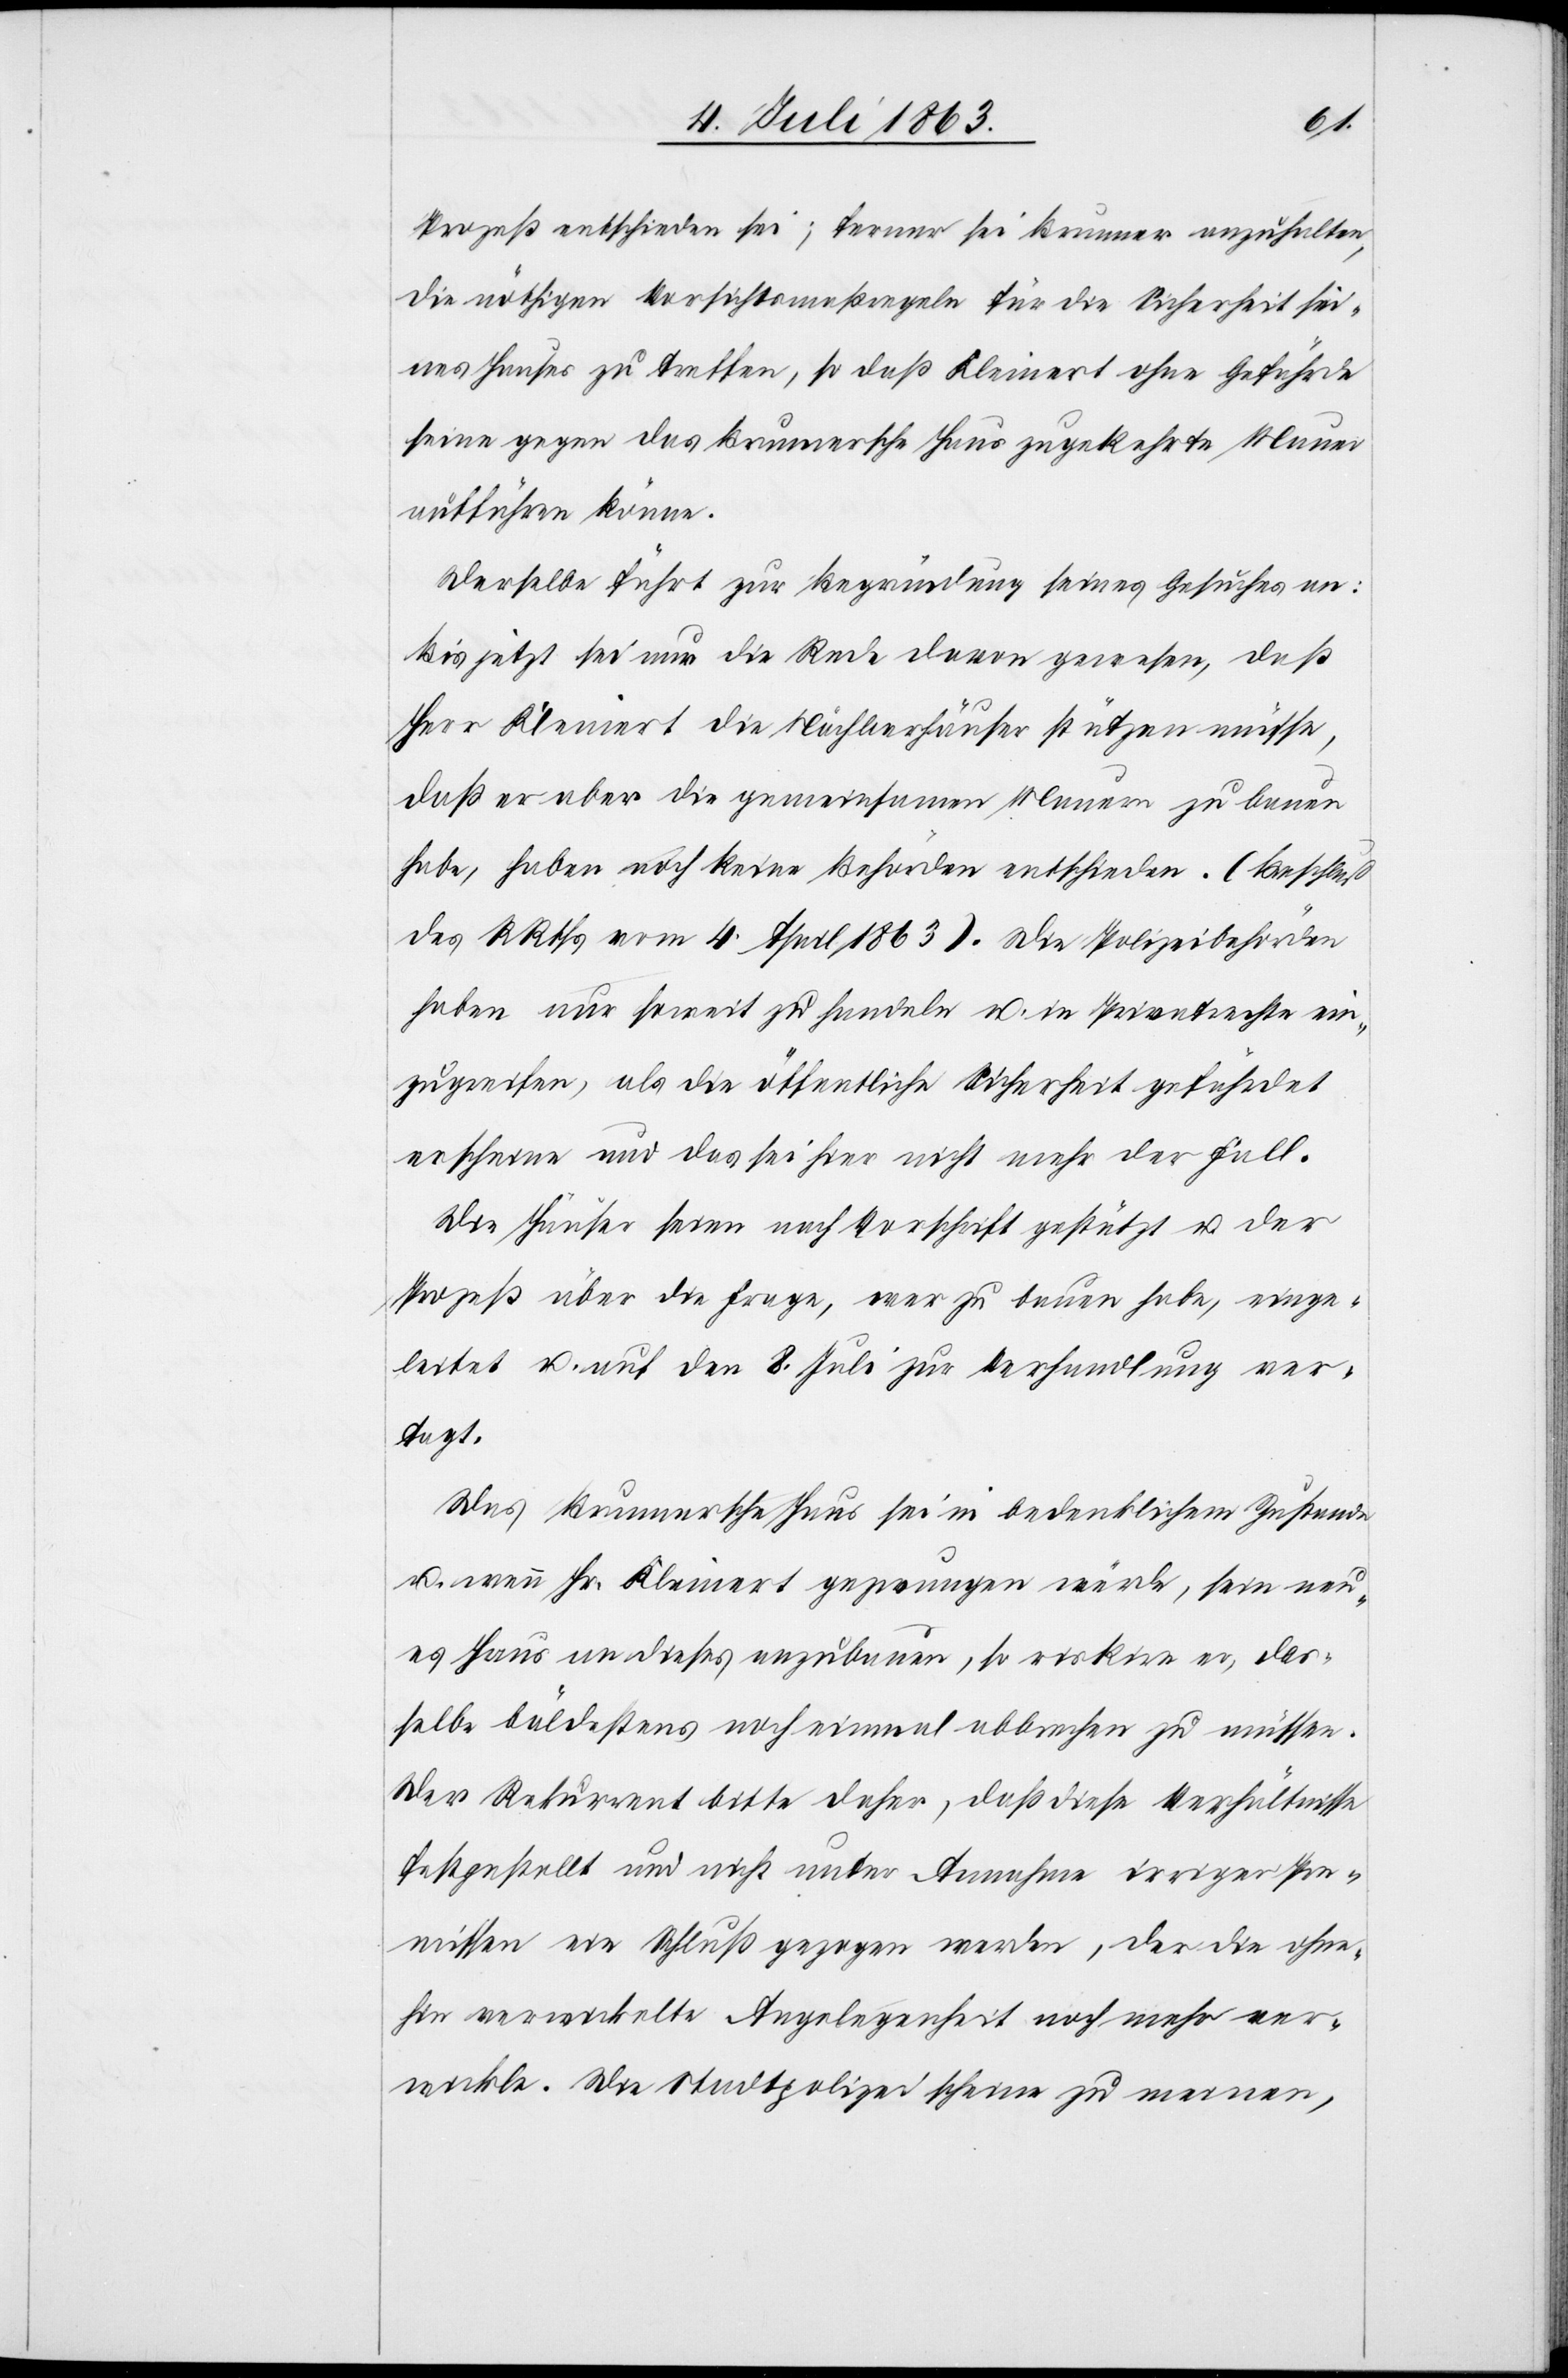
Prozeß entschieden sei; ferner sei Brunner anzuhalten,
die nöthigen Vorsichtsmaßregeln für die Sicherheit sei¬
nes Hauses zu treffen, so daß Kleinert ohne Gefährde
seine gegen das Brunnersche Haus zugekehrte Mauer
aufführen könne.
Derselbe führt zu Begründung seines Gesuches an:
Bis jetzt sei nur die Rede davon gewesen, daß
Herr Kleinert die Nächbarhäuser [sic!] stützen müsse,
daß er aber die gemeinsamen Mauern zu bauen
habe, haben noch keine Behörden entschieden. (Beschluß
des RRths vom 4. April 1863). Die Polizeibehörden
haben nur soweit zu handeln u. in Privatrechte ein¬
zugreifen, als die öffentliche Sicherheit gefährdet
erscheine und das sei hier nicht mehr der Fall.
Die Häuser seien nach Vorschrift gestützt u. der
Prozeß über die Frage, wer zu bauen habe, einge¬
leitet u. auf den 8. Juli zur Verhandlung ver¬
tagt.
Das Brunnersche Haus sei in bedenklichem Zustande
u. wenn Hr. Kleinert gezwungen würde, sein neu¬
es Haus an dieses anzubauen, so riskire er, das¬
selbe bäldestens noch einmal abbrechen zu müssen.
Der Rekurrent bitte daher, daß diese Verhältnisse
festgestellt und nicht unter Annahme irriger Pre¬
missen ein Schluß gezogen werde, der die ohne¬
hin verwickelte Angelegenheit noch mehr ver¬
wickle. Die Stadtpolizei scheine zu meinen,